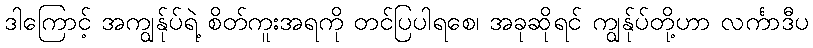
ဒါကြောင့် အကျွန်ုပ်ရဲ့ စိတ်ကူးအရကို တင်ပြပါရစေ၊ အခုဆိုရင် ကျွန်ုပ်တို့ဟာ လင်္ကာဒီပ